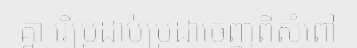
គ្នា រើប្រដាប់ប្រដាចេញពីសំពៅ